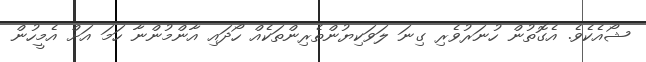
ޝޯއެކެވެ. އެގޮތުން ހުނަރުވެރި ގިނަ ލަވަކިޔުންތެރިންތަކެއް ހޯދައި އާންމުންނާ ހަމަ އަށް އެމީހުން